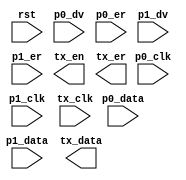
module pkt_mux(
	input	rst,

	input	p0_clk,
	input	[7:0] p0_data,
	input	p0_dv,
	input	p0_er,

	input	p1_clk,
	input	[7:0] p1_data,
	input	p1_dv,
	input	p1_er,

	input	tx_clk,
	output	[7:0] tx_data,
	output	tx_en,
	output	tx_er
);


endmodule